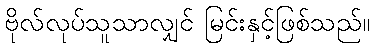
ဗိုလ်လုပ်သူသာလျှင် မြင်းနှင့်ဖြစ်သည်။